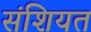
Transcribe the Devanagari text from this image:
संशियत